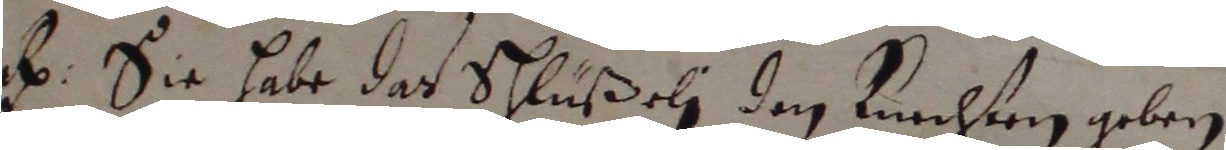
e. Sie habe das Schlüßeli den luechten geben